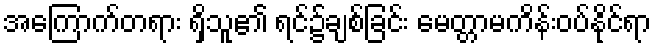
အကြောက်တရား ရှိသူ၏ ရင်၌ချစ်ခြင်း မေတ္တာမကိန်းဝပ်နိုင်ရာ